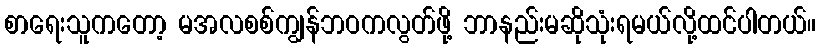
စာရေးသူကတော့ မအလစစ်ကျွန်ဘဝကလွတ်ဖို့ ဘာနည်းမဆိုသုံးရမယ်လို့ထင်ပါတယ်။